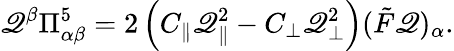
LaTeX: \mathscr{Q}^{\beta}\Pi_{\alpha\beta}^{5}=2\left(C_{\parallel}\mathscr{Q}_{\parallel}^{2}-C_{\bot}\mathscr{Q}_{\bot}^{2}\right)(\tilde{{F}}\mathscr{Q})_{\alpha}.